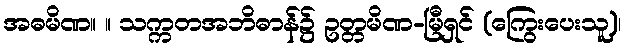
အဓမိဏ။ ။ သက္ကတအဘိဓာန်၌ ဥတ္တမိဏ-မြီရှင် (ကြွေးပေးသူ)၊